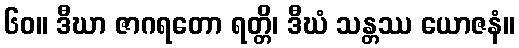
၆၀။ ဒီဃာ ဇာဂရတော ရတ္တိ၊ ဒီဃံ သန္တဿ ယောဇနံ။